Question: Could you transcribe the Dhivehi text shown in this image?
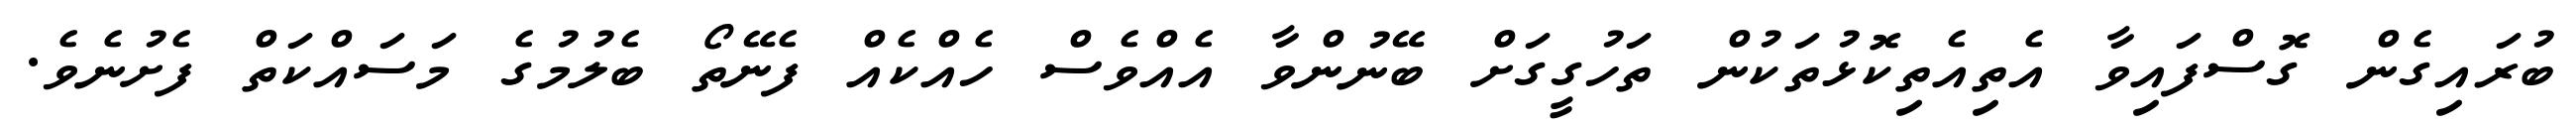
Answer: ބުރައިގެން ގޮސްފައިވާ އެތިއެތިކޮޅުތަކުން ތަހުގީގަށް ބޭނުންވާ އެއްވެސް ހެއްކެއް ފެނޭތޯ ބެލުމުގެ މަސައްކަތް ފެށުނެވެ.